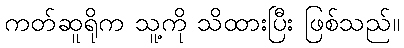
ကတ်ဆူရိုက သူ့ကို သိထားပြီး ဖြစ်သည်။